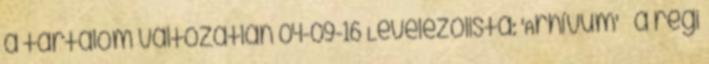
a tartalom változatlan 04-09-16 Levelezőlista: 'Arhívum' » a régi